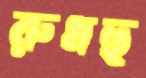
রুধছ